Revision of Machinery of Youth Service Scheme, 1942
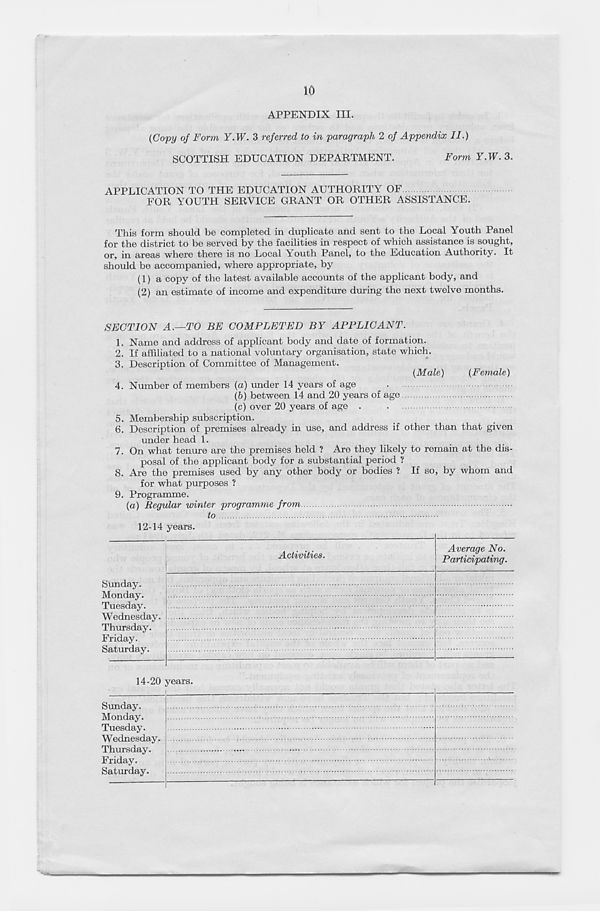
10
APPENDIX III.
(Copy of Form Y.W. 3 referred to in paragraph 2 of Appendix II.)
SCOTTISH EDUCATION DEPARTMENT.
Form Y.W. 3.
APPLICATION TO THE EDUCATION AUTHORITY OF
FOR YOUTH SERVICE GRANT OR OTHER ASSISTANCE.
This form should be completed in duplicate and sent to the Local Youth Panel
for the district to be served by the facilities in respect of which assistance is sought,
or, in areas where there is no Local Youth Panel, to the Education Authority. It
should be accompanied, where appropriate, by
(1) a copy of the latest available accounts of the applicant body, and
(2) an estimate of income and expenditure during the next twelve months.
SECTION A.—TO BE COMPLETED BY APPLICANT.
1. Name and address of applicant body and date of formation.
2. If affiliated to a national voluntary organisation, state which.
3. Description of Committee of Management.
(Male)
(Female)
4. Number of members (a) under 14 years of age
(b) between 14 and 20 years of age
(c) over 20 years of age .
5. Membership subscription.
6. Description of premises already in use, and address if other than that given
under head 1.
7. On what tenure are the premises held ? Are they likely to remain at the dis-
posal of the applicant body for a substantial period ?
8. Are the premises used by any other body or bodies ? If so, by whom and
for what purposes ?
9. Programme.
(a) Regular winter programme from
to
12-14 years.